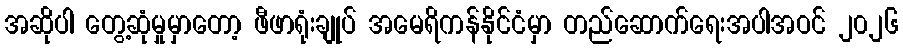
အဆိုပါ တွေ့ဆုံမှုမှာတော့ ဖီဖာရုံးချုပ် အမေရိကန်နိုင်ငံမှာ တည်ဆောက်ရေးအပါအဝင် ၂၀၂၆